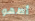
أطهو